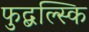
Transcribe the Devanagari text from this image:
फुद्बल्स्कि